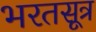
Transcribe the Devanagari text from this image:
भरतसूत्र